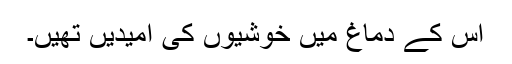
اس کے دماغ میں خوشیوں کی اُمیدیں تھیں۔